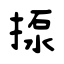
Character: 揼